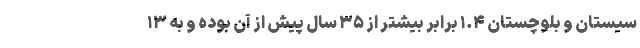
سیستان و بلوچستان ۱.۴ برابر بیشتر از ۳۵ سال پیش از آن بوده و به ۱۳